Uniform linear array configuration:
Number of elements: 48
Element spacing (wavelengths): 0.5
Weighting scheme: hamming
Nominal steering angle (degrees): -60
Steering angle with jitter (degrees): -60.592
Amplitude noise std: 0.05
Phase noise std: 0.05

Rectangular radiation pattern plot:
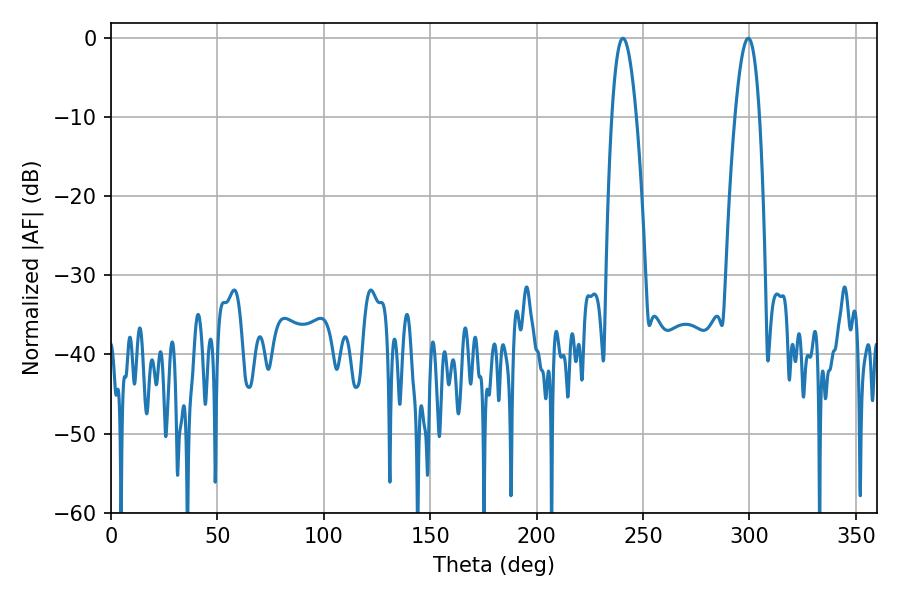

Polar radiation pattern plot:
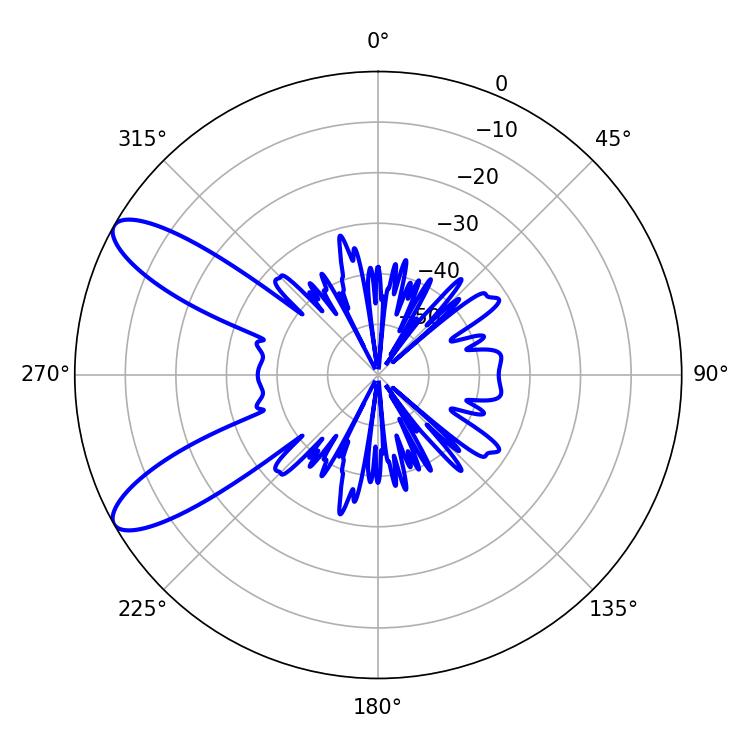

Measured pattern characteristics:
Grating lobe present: FALSE
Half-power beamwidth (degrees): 6.3
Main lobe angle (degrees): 299.52